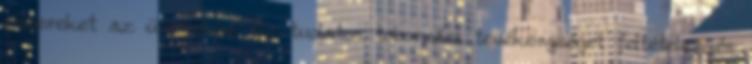
embereket az üzemekbe. Ez tudatos toborzási tevékenységet feltételez és